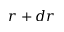
r + d r